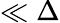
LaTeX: \ll\Delta